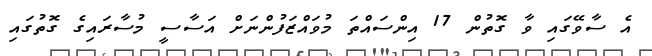
އެ ސާވޭގައި ވާ ގޮތުން 17 އިންސައްތަ މުވައްޒަފުންނަށް އަސާސީ މުސާރައިގެ ގޮތުގައި